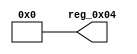
module r_DEVICE_ID_LOW(output wire [7:0] reg_0x04);
	assign reg_0x04=8'h00;
endmodule